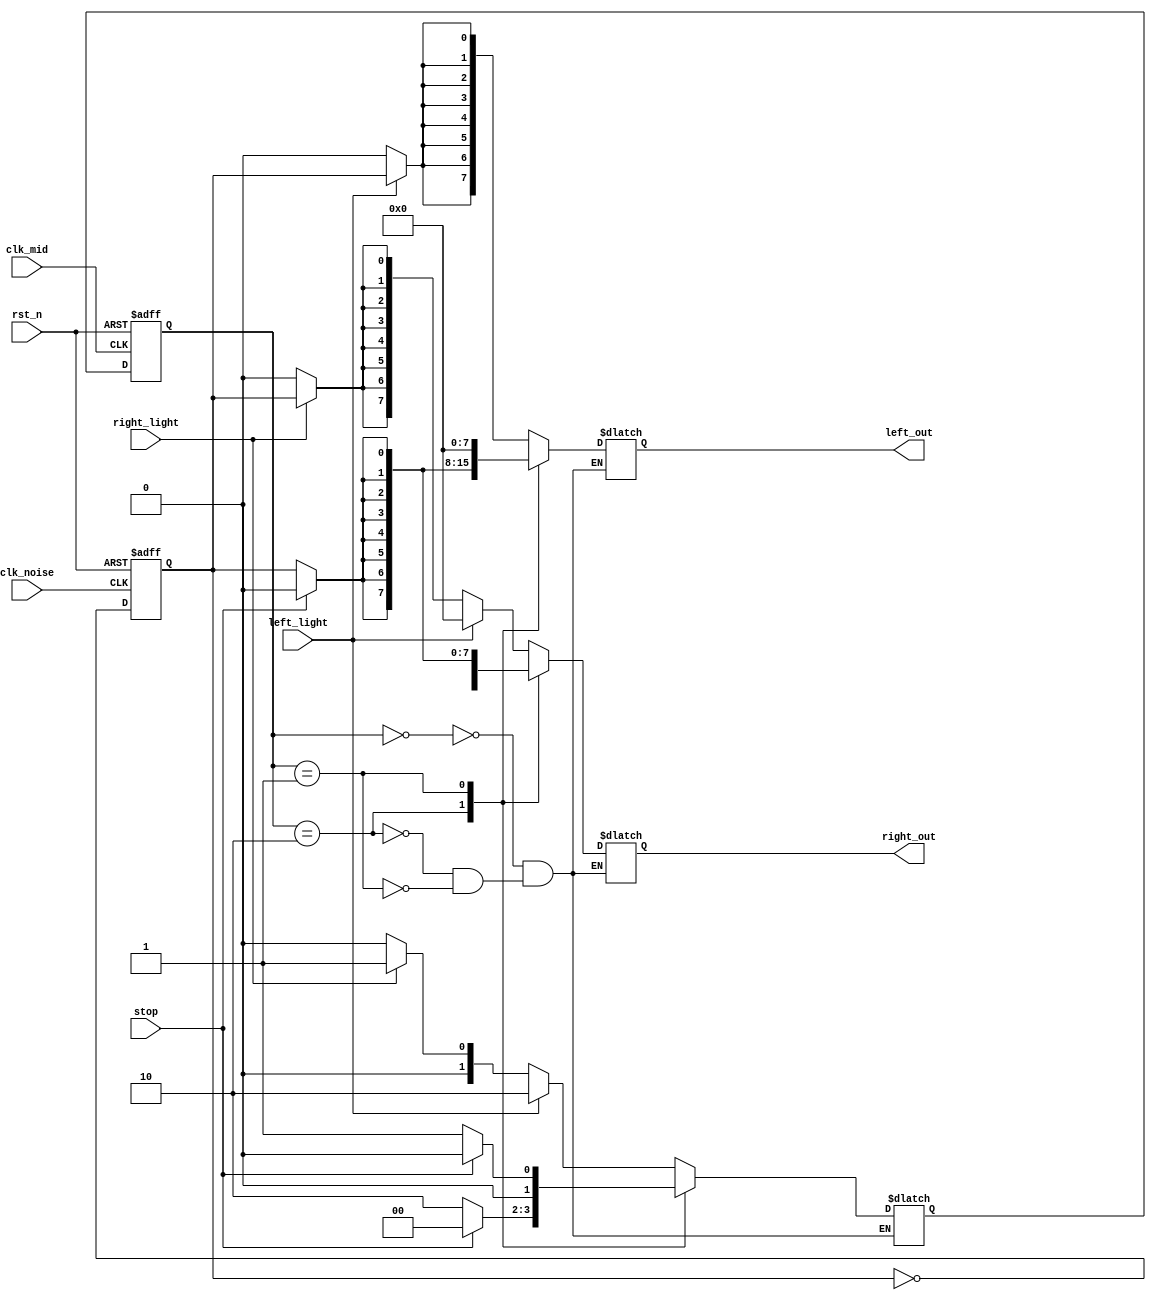
`timescale 1ns / 1ps
//////////////////////////////////////////////////////////////////////////////////
// Company: 
// Engineer: 
// 
// Design Name: 
// Module Name: fsm_light
// Project Name: 
// Target Devices: 
// Tool Versions: 
// Description: 
// 
// Dependencies: 
// 
// Revision:
// Revision 0.01 - File Created
// Additional Comments:
// 
//////////////////////////////////////////////////////////////////////////////////

`define state_ini 2'b00
`define state_left 2'b10
`define state_right 2'b01

module fsm_light(
input rst_n,
input clk_noise,
input clk_mid,
input left_light,
input right_light,
input stop,
output reg [7:0]left_out,
output reg [7:0]right_out
    );
 
 reg [1:0]state;
 reg [1:0]state_tmp;
 reg cnt;
 reg cnt_tmp;
    
always@*
case(state)
`state_ini: begin
    if (left_light==1'd1) begin
        state_tmp = `state_left;
        left_out[0] = cnt;
        left_out[1] = cnt;
        left_out[2] = cnt;
        left_out[3] = cnt;
        left_out[4] = cnt;
        left_out[5] = cnt;
        left_out[6] = cnt;
        left_out[7] = cnt;
        right_out[7:0] = 8'd0;
    end else if (right_light==1'd1) begin
        state_tmp = `state_right;
        left_out = 8'd0;
        right_out[0] = cnt;
        right_out[1] = cnt;
        right_out[2] = cnt;
        right_out[3] = cnt;
        right_out[4] = cnt;
        right_out[5] = cnt;
        right_out[6] = cnt;
        right_out[7] = cnt;
    end else begin
        state_tmp = `state_ini;
        left_out = 8'd0;
        right_out = 8'd0;
    end
end
`state_left: begin
    if (stop==1'd1) begin
        state_tmp = `state_ini;
        left_out = 8'd0;
        right_out = 8'd0;
    end else begin
        state_tmp = `state_left;
        left_out[0] = cnt;
        left_out[1] = cnt;
        left_out[2] = cnt;
        left_out[3] = cnt;
        left_out[4] = cnt;
        left_out[5] = cnt;
        left_out[6] = cnt;
        left_out[7] = cnt;
        right_out= 8'd0;
    end
end
`state_right: begin
    if (stop==1'd1) begin
        state_tmp = `state_ini;
        left_out = 8'd0;
        right_out = 8'd0;
    end else begin
        state_tmp = `state_right;
        left_out = 8'd0;
        right_out[0] = cnt;
        right_out[1] = cnt;
        right_out[2] = cnt;
        right_out[3] = cnt;
        right_out[4] = cnt;
        right_out[5] = cnt;
        right_out[6] = cnt;
        right_out[7] = cnt;
    end
end   
endcase

always@(posedge clk_mid or negedge rst_n)
if (rst_n==0)
    state <= 1'd0;
else
    state <= state_tmp;

always@(cnt)
cnt_tmp = ~cnt;

always@(posedge clk_noise or negedge rst_n)
if (rst_n==0) 
    cnt <= 1'd0;
else
    cnt <= cnt_tmp;
endmodule